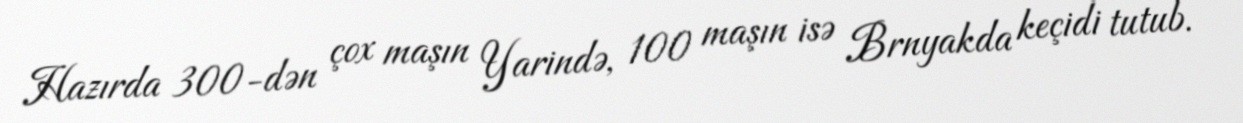
Hazırda 300-dən çox maşın Yarində, 100 maşın isə Brnyakda keçidi tutub.